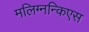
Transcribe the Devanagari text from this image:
मलिग्नन्किएस